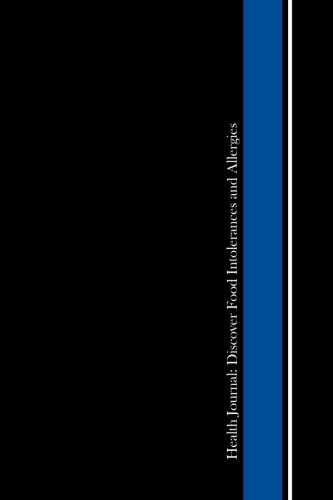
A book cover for Health Journal: Discover Food Intolerances and Allergies: (A Food Diary that Tracks your Triggers and Symptoms); I. S. Anderson; Health, Fitness & Dieting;